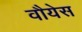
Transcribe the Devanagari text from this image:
वौयेस